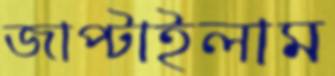
জাপ্‌টাইলাম